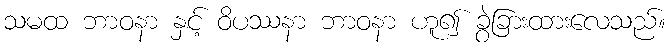
သမထ ဘာဝနာ နှင့် ဝိပဿနာ ဘာဝနာ ဟူ၍ ခွဲခြားထားလေသည်။